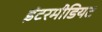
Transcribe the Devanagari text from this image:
इंटरमीडियट